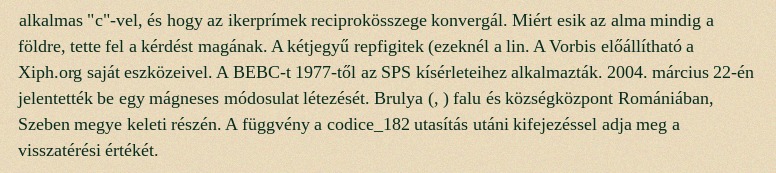
alkalmas "c"-vel, és hogy az ikerprímek reciprokösszege konvergál. Miért esik az alma mindig a földre, tette fel a kérdést magának. A kétjegyű repfigitek (ezeknél a lin. A Vorbis előállítható a Xiph.org saját eszközeivel. A BEBC-t 1977-től az SPS kísérleteihez alkalmazták. 2004. március 22-én jelentették be egy mágneses módosulat létezését. Brulya (, ) falu és községközpont Romániában, Szeben megye keleti részén. A függvény a codice_182 utasítás utáni kifejezéssel adja meg a visszatérési értékét.